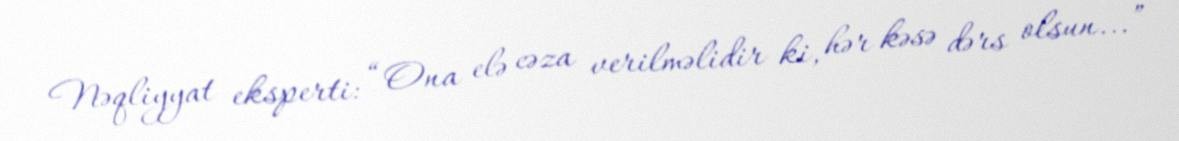
Nəqliyyat eksperti: “Ona elə cəza verilməlidir ki, hər kəsə dərs olsun...”